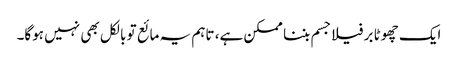
ایک چھوٹا برفیلا جسم بننا ممکن ہے، تاہم یہ مائع تو بالکل بھی نہیں ہوگا۔